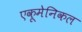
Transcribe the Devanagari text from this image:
एकूमेनिकल